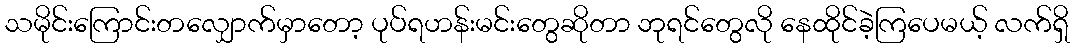
သမိုင်းကြောင်းတလျှောက်မှာတော့ ပုပ်ရဟန်းမင်းတွေဆိုတာ ဘုရင်တွေလို နေထိုင်ခဲ့ကြပေမယ့် လက်ရှိ